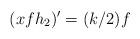
LaTeX: \begin{align*}(x f h_2)' = (k/2)f\end{align*}